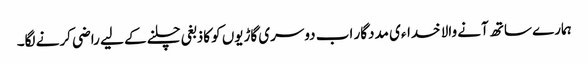
ہمارے ساتھ آنے والا خداءی مددگار اب دوسری گاڑیوں کو کاذبغی چلنے کے لیے راضی کرنے لگا۔